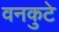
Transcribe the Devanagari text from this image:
वनकुटे